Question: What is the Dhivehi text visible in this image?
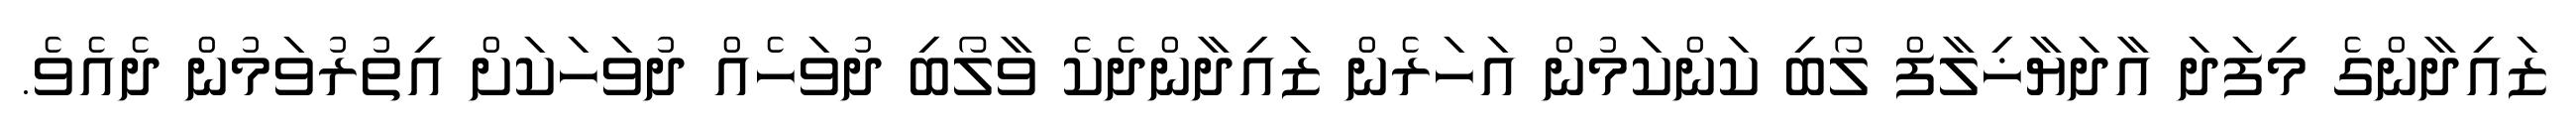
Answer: ޒައިދާންގެ މިފަދަ އާދަޔާޚިލާފް ލޯބި ކަންކަމުން އަހަރެން ޒައިދާންދެކެ ވާލޯބި ދުވަހެއް ދުވަހަކަށް އިތުރުވަމުން ދެއެވެ.